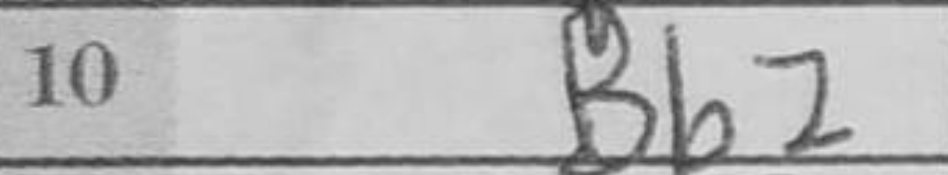
Transcription: Bb2